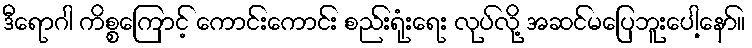
ဒီရောဂါ ကိစ္စကြောင့် ကောင်းကောင်း စည်းရုံးရေး လုပ်လို့ အဆင်မပြေဘူးပေါ့နော်။